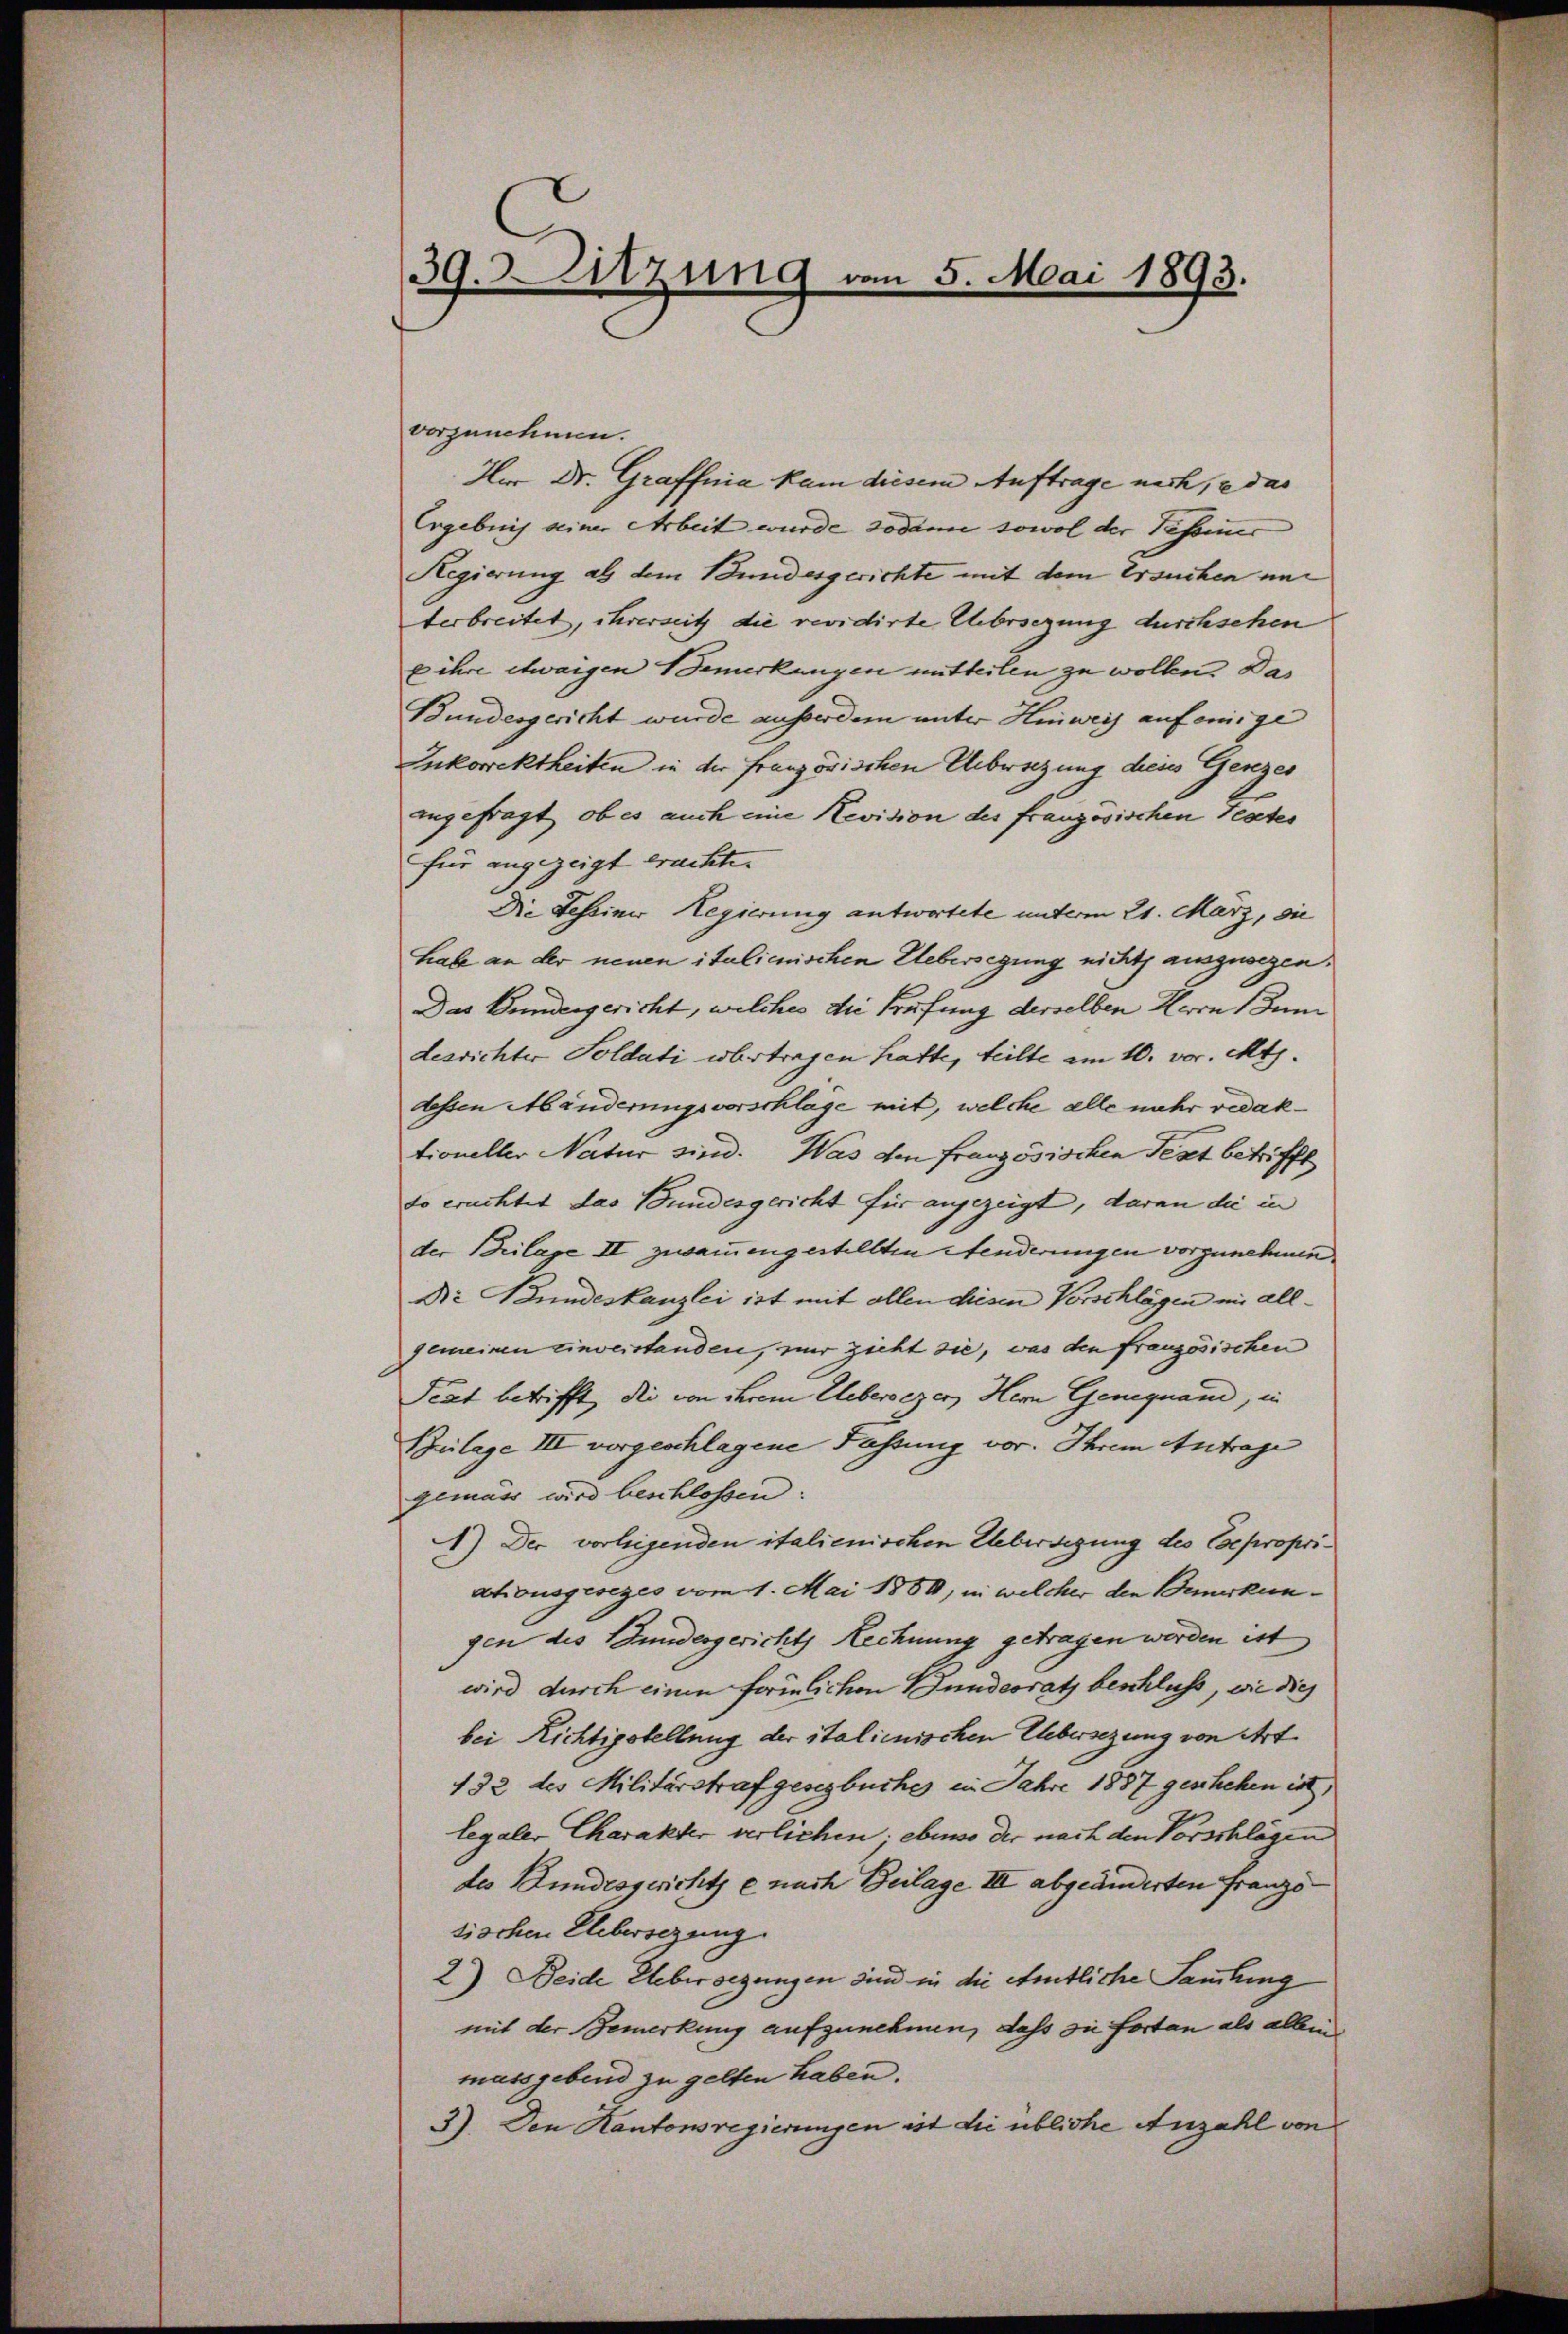
39. Sitzung vom 5. Mai 1893.

vorzunehmen.
Hur Dr. Graffnia kam diesem Auftrage nach, e das
Ergebuch seiner Arbeit wurde sodann sowol der Tessier
Regierung als dem Bundesgerichte mit dem Ersuchen und
terbreitet, ihrerseitz die revidirte Uebersezung durchschen
x ihre etwaigen Bemerkungen mitteilen zu wollen. Das
Bundesgericht wurde ausserdem unter Hinweis auf einige
Enkorrektheiten in der Französischen Uebersezung dieses Genzer
angefragt, ob es auch eine Revision des französischen Teater
für angezeigt erachte.
Die Tessiner Regierung antwortete unterm 21. März, die
habe an der neuen italienischen Uebersegung nichts ausgesezen.
Das Bundesgericht, welches die Prüfung derselben Herrn Jun
desrichter Soldati übertragen hatte, teilte am 10. vor. Mts.
dessen Mänderungsvorschlage mit, welche alle mehr vedaktioneller Natur sind. Was den französischen Text betrifft
so erachtet das Bundesgericht für angezeigt, daran die in
der Beilage II zusammengestellten Aenderungen vorzunehmen.
Dr Bundeskanzlei ist mit allen diesen Vorschlägen in allgemeinen einverstanden, nur zieht sie, was den französischen
Fiat betrifft, die von ihrem Uebersezen Hern Geniquand, in
Beilage III vorgeschlagene Fassung vor. Ihrem Antrage
gemäss wird beschlossen:
) Der vorliegenden italienischen Uebersezung des Expropriationsgesezes vom 1. Mai 1860, in welcher den Bemerkengen des Bundesgerichts Rechnung getragen worden ist
wird durch einen förmlichen Bundesrath beschluss, wie dies
bei Richtigstellung der italienischen Uebersezung von Art
132 des Militärstrafgesezbüche in Jahre 1887 geschehen ist,
legaler Charakter verlichen; ebenso der nach den Vorschlägen
des Bundesgerichte nach Beilage III abgeänderten Franzo
sischen Elebersezung
2) Beide Uebersezungen sind in die Amtliche Sammlung
mit der Bemerkung aufzunehmen, dass sie fortan als allein
massgebend zu gelten haben.
3). Den Kantonsregierungen est die übliche Anzahl von